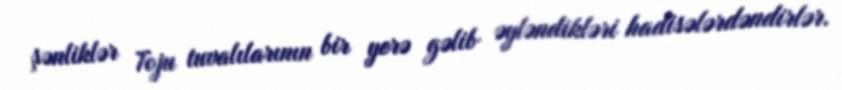
şənliklər Toju tuvalılarının bir yerə gəlib əyləndikləri hadisələrdəndirlər.